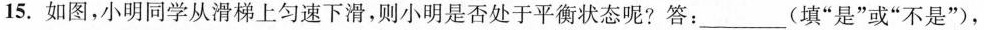
15.如图，小明同学从滑梯上匀速下滑，则小明是否处于平衡状态呢?答：___(填“是”或“不是”)，